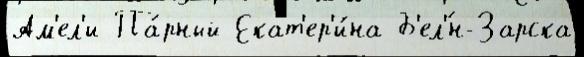
Ам'ел'и Па́рный Екат'ер'и́на Б'ел'́н-Зарска